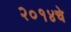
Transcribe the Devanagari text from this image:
२०१४चे